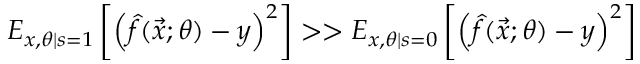
E _ { x , \theta | s = 1 } \left[ \left( \hat { f } ( \vec { x } ; \theta ) - y \right) ^ { 2 } \right] > > E _ { x , \theta | s = 0 } \left[ \left( \hat { f } ( \vec { x } ; \theta ) - y \right) ^ { 2 } \right]